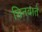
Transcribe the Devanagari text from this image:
चिनवाते